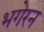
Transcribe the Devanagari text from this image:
भगेरन